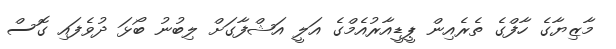
މާޒިޔާގެ ހާފްގެ ތެރެއިން ޕީޑީއާރުއެމްގެ އަލީ އަޝްފާގަށް ލިބުނު ބޯޅަ ދުވެފައި ގޮސް